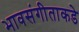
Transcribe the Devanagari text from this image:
भावसंगीताकडे